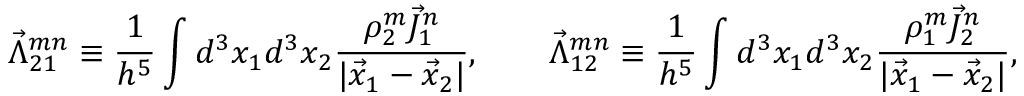
\vec { \Lambda } _ { 2 1 } ^ { m n } \equiv \frac { 1 } { h ^ { 5 } } \int d ^ { 3 } x _ { 1 } d ^ { 3 } x _ { 2 } \frac { \rho _ { 2 } ^ { m } \vec { J } _ { 1 } ^ { n } } { | \vec { x } _ { 1 } - \vec { x } _ { 2 } | } , \qquad \vec { \Lambda } _ { 1 2 } ^ { m n } \equiv \frac { 1 } { h ^ { 5 } } \int d ^ { 3 } x _ { 1 } d ^ { 3 } x _ { 2 } \frac { \rho _ { 1 } ^ { m } \vec { J } _ { 2 } ^ { n } } { | \vec { x } _ { 1 } - \vec { x } _ { 2 } | } ,